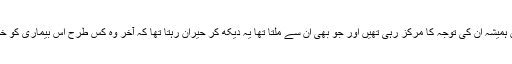
فیملی، دوست، کھانا اور فلمیں ہمیشہ ان کی توجہ کا مرکز رہی تھیں اور جو بھی ان سے ملتا تھا یہ دیکھ کر حیران رہتا تھا کہ آخر وہ کس طرح اس بیماری کو خود پر حاوی نہیں ہونے دیتے۔